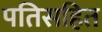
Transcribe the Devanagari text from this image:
पतिसहित